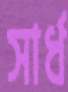
সার্ধ